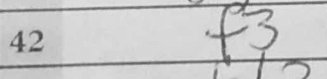
Transcription: f3